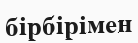
бірбірімен